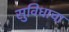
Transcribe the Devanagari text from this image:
सुविधाचा